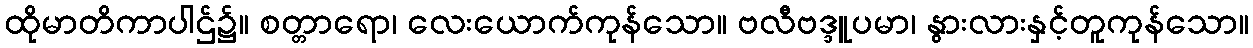
ထိုမာတိကာပါဌ်၌။ စတ္တာရော၊ လေးယောက်ကုန်သော။ ဗလီဗဒ္ဒူပမာ၊ နွားလားနှင့်တူကုန်သော။